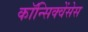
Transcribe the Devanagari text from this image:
कॉन्सिक्वेंसेस